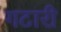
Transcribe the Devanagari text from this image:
गटारी